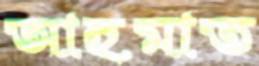
আহমাত